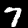
Label: 7